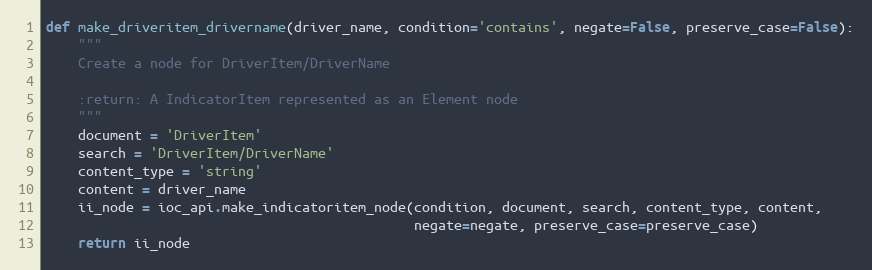
Language: Python
def make_driveritem_drivername(driver_name, condition='contains', negate=False, preserve_case=False):
    """
    Create a node for DriverItem/DriverName

    :return: A IndicatorItem represented as an Element node
    """
    document = 'DriverItem'
    search = 'DriverItem/DriverName'
    content_type = 'string'
    content = driver_name
    ii_node = ioc_api.make_indicatoritem_node(condition, document, search, content_type, content,
                                              negate=negate, preserve_case=preserve_case)
    return ii_node